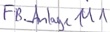
Text: FB_Anlage M1